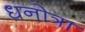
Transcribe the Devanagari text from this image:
धनोत्रा